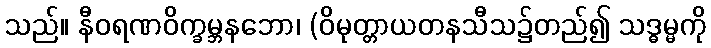
သည်။ နီဝရဏဝိက္ခမ္ဘနဘော၊ (ဝိမုတ္တာယတနသီသ၌တည်၍ သဒ္ဓမ္မကို